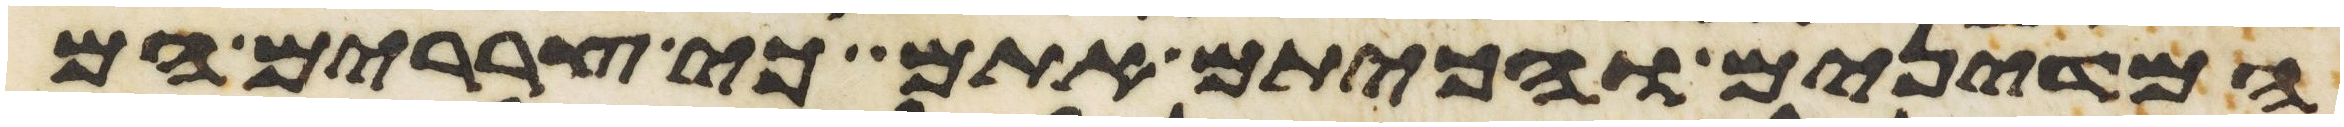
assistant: המדינים והכיתם אתם כי צררים הם